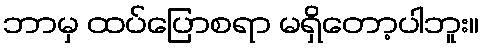
ဘာမှ ထပ်ပြောစရာ မရှိတော့ပါဘူး။